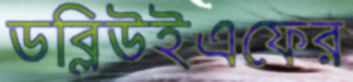
ডব্লিউইএফের